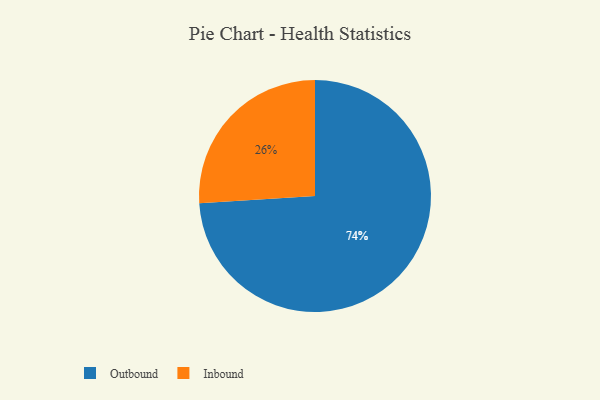
{"axis": {"x": "Category", "y": "Percentage"}, "legend": ["Inbound", "Outbound"], "data": [{"x": "Inbound", "y": 26, "type": "Inbound"}, {"x": "Outbound", "y": 74, "type": "Outbound"}]}